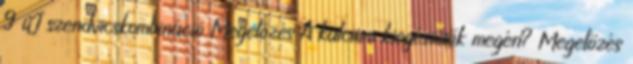
9 úJ szendvicskombináció Megelőzés A kalcium kiegészítők megéri? Megelőzés